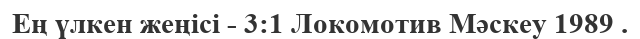
Ең үлкен жеңісі - 3:1 Локомотив Мәскеу 1989 .